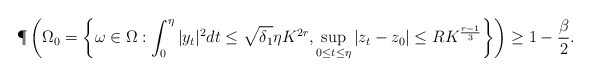
\begin{align*}\P\left(\Omega_0 = \left\{\omega \in \Omega: \int_0^\eta |y_t|^2 dt \le \sqrt{\delta_1}\eta K^{2r}, \sup_{0 \le t \le \eta}|z_t-z_0| \le RK^{\frac{r-1}{3}}\right\} \right) \ge 1-\frac{\beta}{2}.\end{align*}